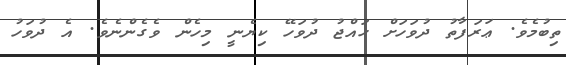
ތިބުމެވެ. ޢަރަފާތު ދުވަހަށް ޙައްޖު ދުވަހޭ ކިޔެނީ މިހެން ވެގެންނެވެ. އެ ދުވަހު